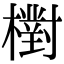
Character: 𣝉